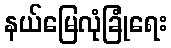
နယ်မြေလုံခြုံရေး